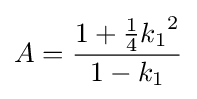
A={\frac {1+{\frac {1}{4}}{k_{1}}^{2}}{1-k_{1}}}